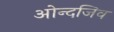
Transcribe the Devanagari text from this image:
ओन्दजिव